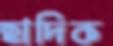
ছাদিক